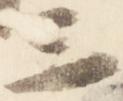
三